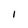
Character: I